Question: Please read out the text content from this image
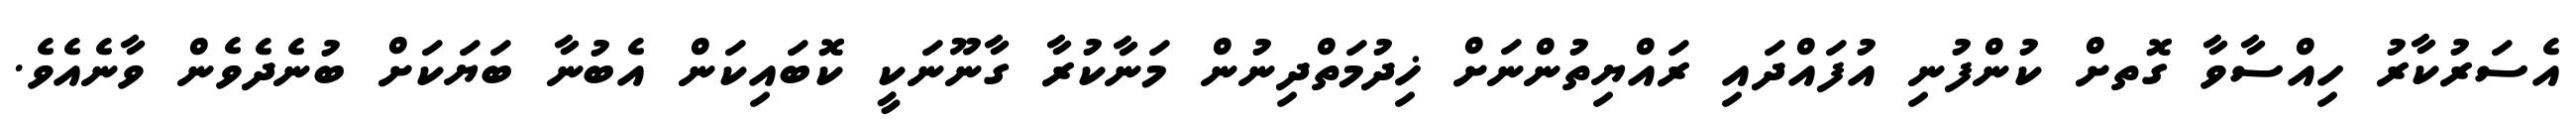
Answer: އެސަރުކާރު ހިއްސާވާ ގޮތށް ކުންފުނި އުފައްދައި ރައްޔިތުންނަށް ޚިދުމަތްދިނުން މަނާކުރާ ގާނޫނަކީ ކޮބައިކަން އެބުނާ ބަޔަކަށް ބުނެދެވެން ވާނެއެވެ.